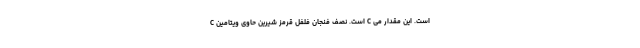
C است. نصف فنجان فلفل قرمز شیرین حاوی ویتامین C است. این مقدار می